Veterinary regulations India, 1935 -
Year: 1935
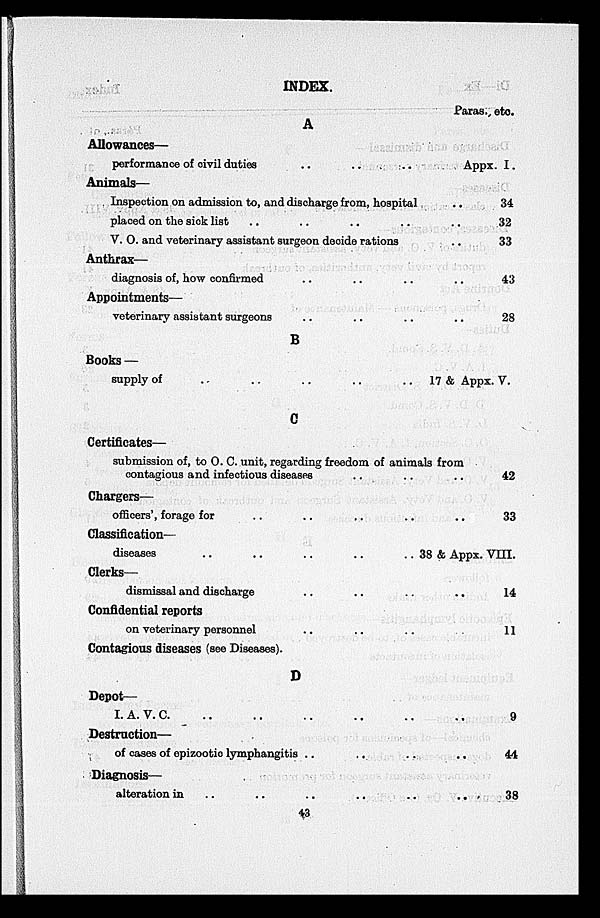
INDEX.
A
Allowances—
performance of civil duties .. .. ..
Animals—
Inspection on admission to, and discharge from, hospital
placed on the sick list .. .. .. ..
V. O. and veterinary assistant surgeon decide rations
Anthrax—
diagnosis of, how confirmed .. .. ..
Appointments—
veterinary assistant surgeons
B
Books —
supply of .. .. .. .. ..
C
Certificates—
Paras, etc.
Appx. I.
..
..
34
32
33
43
28
17 & Appx. V.
submission of, to O. C. unit, regarding freedom of animals from
cotagious and infectious diseases .. ..
Chargers—
officers', forage for .. .. .. ..
Classification-
diseases .. .. .. .. ..
Clerks—
dismissal and discharge .. .. ..
Confidential reports
on veterinary personnel .. .. ..
Contagious diseases (see Diseases).
D
Depot—
I.A.V.C. .. .. .. .. ..
Destruction—
of cases of epizootic lymphangitis .. .. ..
Diagnosis—
alteration in .. .. .. .. ..
..
38 & Appx.
..
..
..
..
42
33
VIII.
14
11
9
44
38
43